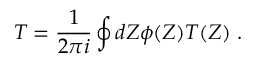
{ \cal T } = \frac { 1 } { 2 \pi i } \oint d Z \phi ( Z ) T ( Z ) \; .